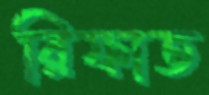
রিফাত